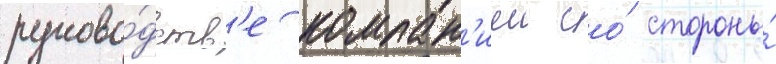
руково́дств'е компан'иеи со́ стороны́